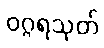
ဝဂ္ဂရသုတ်